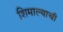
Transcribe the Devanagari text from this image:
शिमाल्याची